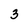
Character: 3